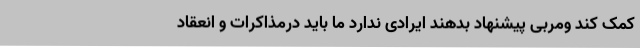
کمک کند ومربی پیشنهاد بدهند ایرادی ندارد ما باید درمذاکرات و انعقاد